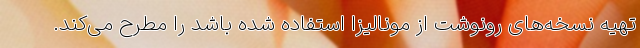
تهیه نسخه‌های رونوشت از مونالیزا استفاده شده باشد را مطرح می‌کند.